Annual administration report of the Civil Veterinary Department of India - 1906-1907
Year: 1906
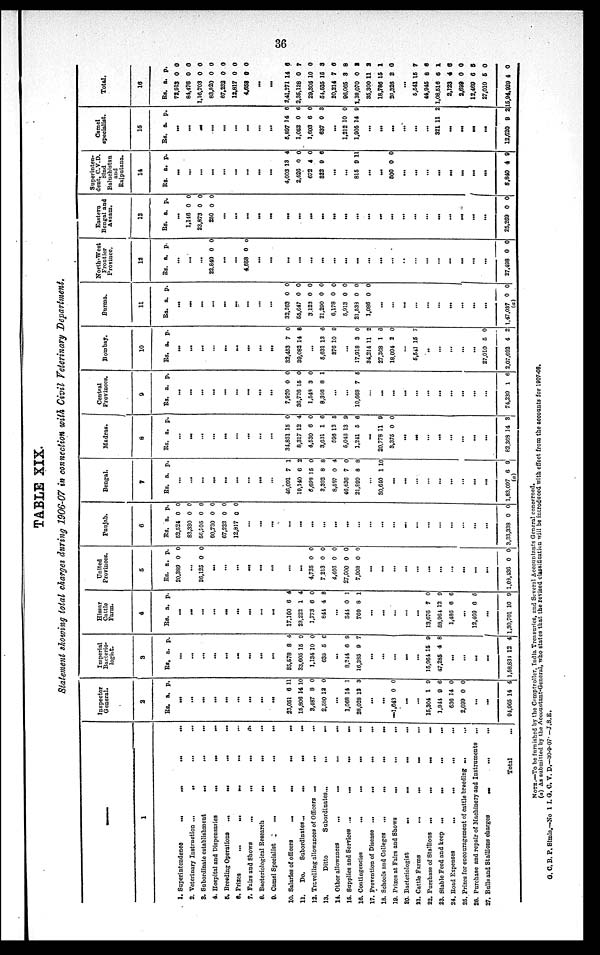
36
TABLE XIX.
Statement showing total charges during 1906-07 in connection with Civil Veterinary Department.
1
1. Superintendence
...
...
...
...
2. Veterinary Instruction ...
..
...
...
3. Subordinate establishment
...
...
...
4. Hospital and Dispensaries
...
...
...
5. Breeding Operations
...
...
...
...
6.
Prizes
...
...
...
...
...
7. Fairs and Shows
...
...
...
...
8. Bacteriological Research
...
...
...
9. Camel Specialist
...
...
...
...
10. Salaries of officers
...
...
...
...
11.
Do.
Subordinates ...
...
...
...
12. Travelling allowances of Officers ...
...
...
13.
Ditto
Subordinates...
.... ...
14. Other allowances
...
...
...
...
16. Supplies and Services ...
...
...
...
16. Contingencies
...
...
...
...
17. Provention of Disease ...
...
...
...
18. Schools and Colleges
...
...
...
...
19. Prizes at Fairs and Shows
...
...
...
20. Bacteriologist
...
...
...
...
21. Cattle Farms
...
...
...
22. Purchase of Stallions
...
...
...
...
23. Stable Feed and keep
...
...
...
...
24. Road Expenses
...
...
...
...
25. Prizes for encouragement of cattle breeding ...
26. Purchase and repair of Machinery and Instruments
...
27. Bulls and Stallions
charges
...
...
...
Total
Inspector
General.
2
Rs.
...
...
...
...
...
...
...
...
...
23,051
15,806
3,487
2,580
...
1,068
28,028
...
...
—1,643
...
...
15,304
1,944
636
2,699
...
...
94,965
a.
6
14
8
12
14
13
0
1
9
14
0
14
p.
11
10
0
0
1
3
0
9
6
0
0
4
Imperial
Bacterio¬
logist.
3
Rs.
...
...
...
...
...
...
...
...
...
35,678
33,605
1,134
635
...
8,244
16,385
...
...
...
...
...
15,964
47,285
...
...
...
...
1,58,834
a.
8
16
10
5
6
9
15
4
12
p.
4
0
0
0
9
7
9
8
4
Hissar
Cattle
Farm.
4
Rs.
...
...
...
...
...
...
...
...
...
17,160
23,222
1,773
844
...
341
760
...
...
...
...
...
13,676
58,964
1,486
...
12,469
...
1,30,701
a.
6
1
6
4
0
8
7
12
6
6
10
p.
4
4
0
8
1
1
0
9
6
5
9
United
Provinces.
5
Rs.
20,389
...
36,125
...
...
...
...
...
...
...
...
4,735
7,213
4,466
27,600
7,008
...
...
...
...
...
...
...
...
...
...
...
1,08,436
a.
0
0
0
0
0
0
0
0
p.
0
0
0
0
0
0
0
0
Punjab.
6
Rs.
62,524
83,330
56,705
60,730
67,232
12,817
...
...
...
...
...
...
...
...
...
...
...
...
...
...
...
...
...
...
...
...
3,33,338
a.
0
0
0
0
0
0
0
p.
0
0
0
0
0
0
0
Bengal.
7
Rs.
...
...
...
...
...
...
...
...
46,091
19,140
6,699
3,303
8,597
46,636
21,899
...
30,640
...
...
...
...
...
...
...
...
1,83,097
(a)
a.
7
6
15
8
0
7
8
1
6
p.
1
2
0
8
4
0
8
10
9
Madras.
8
Rs.
...
...
...
...
...
...
...
...
...
34,851
8,317
4,530
3,631
596
5,045
1,241
...
20,778
3,375
...
...
...
...
...
...
...
...
82,368
a.
15
12
6
1
12
13
5
11
0
14
p.
0
4
0
6
5
9
6
9
0
3
Central
Provinces.
9
Rs.
...
...
...
...
...
...
...
...
...
7,920
36,726
1,548
8,366
...
...
10,668
...
...
...
...
...
...
...
...
...
...
...
74,230
a.
0
15
3
8
7
1
p.
0
0
0
1
6
6
Bombay.
10
Rs.
...
...
...
...
...
...
...
...
...
32,453
39,082
...
5,631
876
...
17,918
34,214
27,368
18,094
...
5,541
..
...
...
...
...
27,010
2,07,692
a.
7
14
13
10
3
11
1
2
15
5
4
p.
0
8
6
0
0
2
6
0
7
0
2
Burma.
11
Rs.
...
...
...
...
...
...
...
...
...
32,263
55,647
3,123
21,290
6,178
5,913
21,533
1,086
...
...
...
...
...
...
...
...
...
...
1,47,037
(a)
a.
0
0
0
0
0
0
0
0
0
p.
0
0
0
0
0
0
0
0
0
North-West
Frontier
Province.
12
Rs.
...
...
...
22,840
...
...
4,658
...
...
...
...
...
...
...
...
...
...
...
...
..
...
...
...
...
...
...
27,498
a.
0
0
0
p.
0
0
0
Eastern
Bengal and
Assam.
13
Rs.
...
1,146
23,873
250
...
...
...
...
...
...
...
...
...
...
...
...
...
...
...
...
...
...
...
...
...
...
...
25,269
a.
0
0
0
0
p.
0
0
0
0
Superinten¬
dent, C.V.D.
Sind
Baluchistan
Rajputana.
14
Rs.
...
...
...
...
...
...
...
...
...
4,003
2,626
672
822
...
...
815
...
...
500
...
...
...
...
...
...
...
...
8,840
a.
13
0
4
9
9
0
4
p.
4
0
0
6
11
0
9
Camel
specialist.
15
Rs.
...
...
...
...
...
...
...
...
...
5,897
1,052
1,603
637
...
1,212
1,905
...
...
...
...
...
...
321
...
...
...
...
12,620
a.
14
0
6
0
10
14
11
9
p.
6
6
0
3
0
9
2
2
Total.
16
Rs.
72,913
84,476
1,16,703
83,820
67,232
12,817
4,658
...
...
2,41,271
2,36,128
29,305
64,535
20,214
96,065
1,38,070
35,300
18,786
20,926
...
5,541
44,945
1,08,516
2,123
2,699
12,469
27,010
15,94,929
a.
0
0
0
0
0
0
0
14
0
10
16
7
3
0
11
15
2
15
8
6
4
0
6
6
4
p.
0
0
0
0
0
0
0
6
7
0
3
6
8
2
2
1
0
7
6
1
6
0
5
0
0
NOTE.—To be furnished by the Comptroller, India Treasuries, and Several Accountants General concerned.
(a) As submitted by the Accountant-General, who states that the revised classification will be introduced with effect from the accounts for 1907-08.
G. C. B. P. Simla.—No 1 I. G. C. V. D.—30-9-07 —J.S.E.